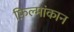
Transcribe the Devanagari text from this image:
फ़िल्मांकान